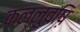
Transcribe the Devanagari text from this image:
कल्लुवष़ि